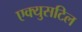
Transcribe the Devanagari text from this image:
एक्युसटिल